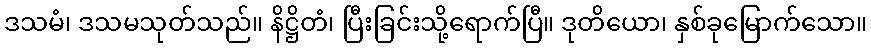
ဒသမံ၊ ဒသမသုတ်သည်။ နိဋ္ဌိတံ၊ ပြီးခြင်းသို့ရောက်ပြီ။ ဒုတိယော၊ နှစ်ခုမြောက်သော။